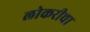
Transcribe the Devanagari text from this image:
लोकरीचा